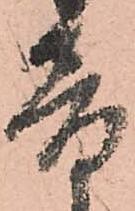
音